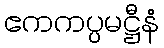
ဧကကပ္ပမဋ္ဌီနံ